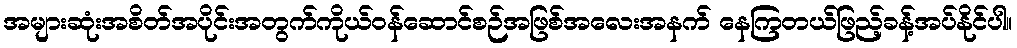
အများဆုံးအစိတ်အပိုင်းအတွက်ကိုယ်ဝန်ဆောင်စဉ်အဖြစ်အလေးအနက် နေကြတယ်ဖြည့်ခန့်အပ်နိုင်ပါ။